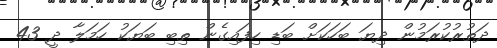
ދަތުރުކުރަމުން ދިޔަ ބަހަކަށް ބަޑި ހިފައިގެން ތިބި ބަޔަކު ހަމަލާ ދީ 43